Note on the mental hospitals in Burma - 1925-1940
Year: 1925
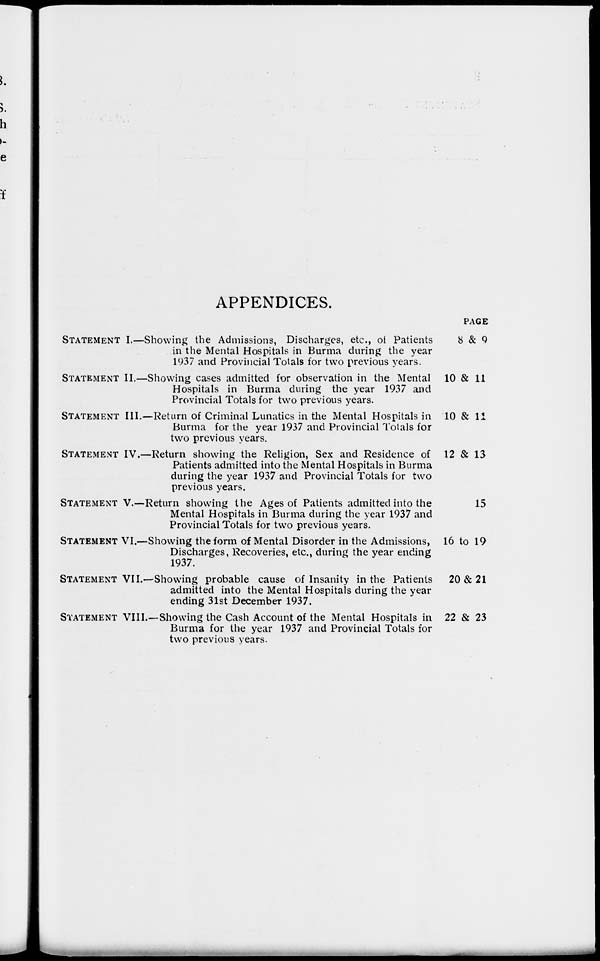
APPENDICES.
STATEMENT
STATEMENT
STATEMENT
STATEMENT
STATEMENT
STATEMENT
STATEMENT
STATEMENT
I.—Showing the Admissions, Discharges, etc., of Patients
in the Mental Hospitals in Burma during the year
1937 and Provincial Totals for two previous years.
II.—Showing cases admitted for observation in the Mental
Hospitals in Burma during the year 1937 and
Provincial Totals for two previous years.
III.—Return of Criminal Lunatics in the Mental Hospitals in
Burma for the year 1937 and Provincial Totals for
two previous years.
IV.—Return showing the Religion, Sex and Residence of
Patients admitted into the Mental Hospitals in Burma
during the year 1937 and Provincial Totals for two
previous years.
V.—Return showing the Ages of Patients admitted into the
Mental Hospitals in Burma during the year 1937 and
Provincial Totals for two previous years.
VI.—Showing the form of Mental Disorder in the Admissions,
Discharges, Recoveries, etc., during the year ending
1937.
VII.—Showing probable cause of Insanity in the Patients
admitted into the Mental Hospitals during the year
ending 31st December 1937.
VIII.—Showing the Cash Account of the Mental Hospitals in
Burma for the year 1937 and Provincial Totals for
two previous years.
PAGE
8 & 9
10 & 11
10 & 11
12 & 13
15
16 to 19
20 & 21
22 & 23